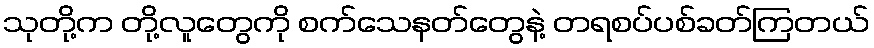
သုတို့က တို့လူတွေကို စက်သေနတ်တွေနဲ့ တရစပ်ပစ်ခတ်ကြတယ်